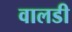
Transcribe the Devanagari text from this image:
वालडी